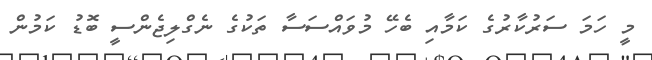
މީ ހަމަ ސަރުކާރުގެ ކަމާއި ބެހޭ މުވައްސަސާ ތަކުގެ ނެގްލިޖެންސީ ބޮޑު ކަމުން